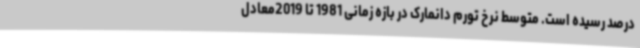
درصد رسیده است. متوسط نرخ تورم دانمارک در بازه زمانی 1981 تا 2019معادل